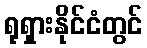
ရုရှားနိုင်ငံတွင်